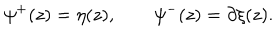
\psi ^ { + } ( z ) = \eta ( z ) , \qquad \psi ^ { - } ( z ) = \partial \xi ( z ) .